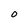
Character: O